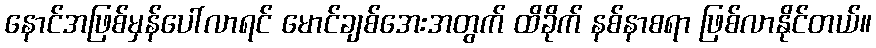
နောင်အဖြစ်မှန်ပေါ်လာရင် မောင်ချစ်အေးအတွက် ထိခိုက် နစ်နာစရာ ဖြစ်လာနိုင်တယ်။